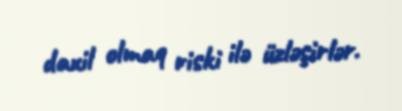
daxil olmaq riski ilə üzləşirlər.